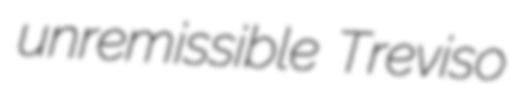
unremissible Treviso